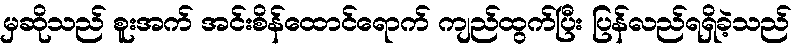
မှဆိုသည် စူးအက် အင်းစိန်ထောင်ရောက် ကျည်ထွက်ပြီး ပြန်လည်ရရှိခဲ့သည်